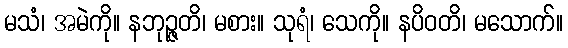
မသံ၊ အမဲကို။ နဘုဉ္ဇတိ၊ မစား။ သုရံ၊ သေကို။ နပိဝတိ၊ မသောက်။